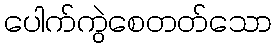
ပေါက်ကွဲစေတတ်သော